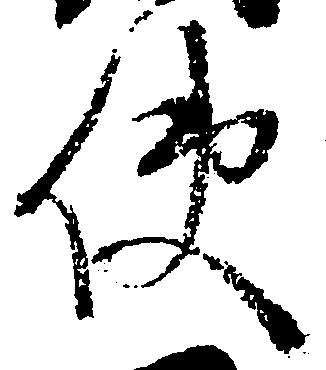
使